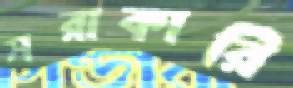
সরাকারি